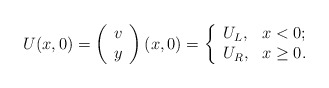
\begin{align*}U(x,0)=\left( \begin{array}{c} v \\ y \\ \end{array} \right)(x,0)=\left\{ \begin{array}{ll} U_L, & \hbox{$x<0$;} \\ U_R, & \hbox{$x\geq 0$.} \end{array} \right.\end{align*}